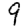
Digit: 9